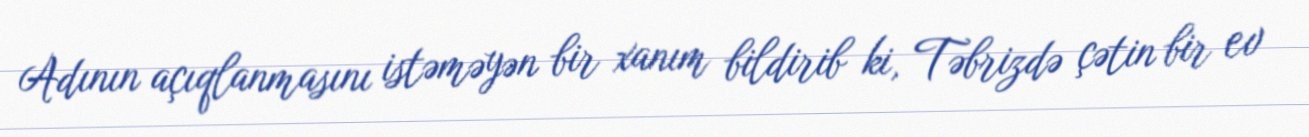
Adının açıqlanmasını istəməyən bir xanım bildirib ki, Təbrizdə çətin bir ev